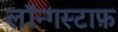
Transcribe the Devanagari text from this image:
लॉन्गस्टाफ़